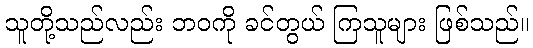
သူတို့သည်လည်း ဘဝကို ခင်တွယ် ကြသူများ ဖြစ်သည်။